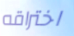
اختراقه